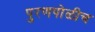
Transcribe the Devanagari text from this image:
पुरणपोळीच